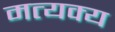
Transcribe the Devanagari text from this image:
मत्यक्य